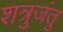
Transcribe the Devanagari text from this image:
शत्रुजंतु